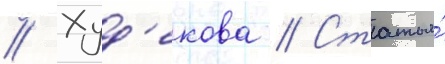
// Худ'екова // Статья́